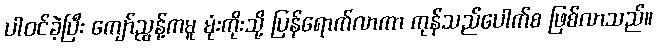
ပါဝင်ခဲ့ပြီး ကျော်ညွန့်ကမူ မုံးကိုးသို့ ပြန်ရောက်လာကာ ကုန်သည်ပေါက်စ ဖြစ်လာသည်။